Punjab Mental Hospital Lahore 1922-31 - 1922-1931
Year: 1922
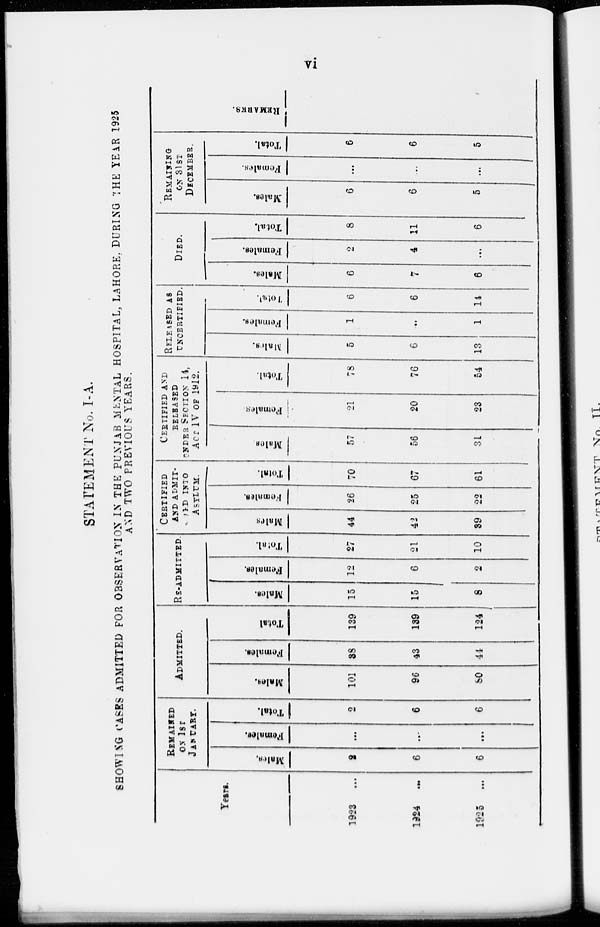
vi
STATEMENT No. I-A.
SHOWING CASES ADMITTED FOR OBSERVATION IX THE PUNJAB MENTAL HOSPITAL, LAHORE. DURING THE YEAR 1925
AND TWO PREVIOUS YEARS.
Years.
1923
...
1924
...
1925
...
REMAINED
ON 1ST
JANUARY.
Males.
2
6
6
Females.
...
...
...
Total.
2
6
6
ADMITTED.
Males.
101
96
80
Females.
38
43
44
Total
139
139
124
RE-ADMITTED.
Males.
15
15
8
Females.
12
6
2
Total.
27
21
10
CERTIFIED
AND ADMITED INTO
ASYLUM.
Males
44
42
39
Females.
26
25
22
Total.
70
67
61
CERTIFIED AND
RELEASED
ONDER Section 14,
ACT IV OF 1912.
Males.
57
56
31
Females.
21
20
23
Total.
78
76
54
RELEASED AS
UNCERTIFIED
Males.
5
6
13
Females.
1
...
1
Total.
6
6
14
DIED.
Males.
6
7
6
Females.
2
4
...
Total.
8
11
6
REMAINING
ON 31ST
DECEMBER.
Males.
6
6
5
Females.
...
...
...
Total.
6
6
5
REMARKS.